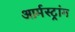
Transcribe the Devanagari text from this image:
आर्मस्‍ट्रांग